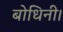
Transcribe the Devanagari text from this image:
बोधिनी।